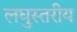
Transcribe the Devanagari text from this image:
लघुस्तरीय